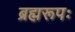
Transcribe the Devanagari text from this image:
ब्रह्मरूपः